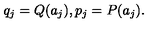
q _ { j } = Q ( a _ { j } ) , p _ { j } = P ( a _ { j } ) .